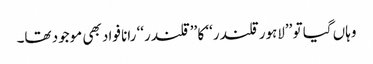
وہاں گیا تو ’’لاہور قلندر‘‘ کا ’’قلندر‘‘ رانا فواد بھی موجود تھا۔